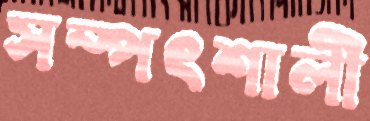
সম্পৎশালী